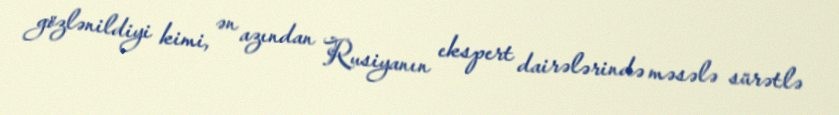
gözlənildiyi kimi, ən azından Rusiyanın ekspert dairələrində məsələ sürətlə